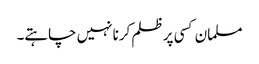
مسلمان کسی پر ظلم کرنا نہیں چاہتے۔